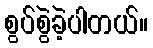
စွပ်စွဲခဲ့ပါတယ်။